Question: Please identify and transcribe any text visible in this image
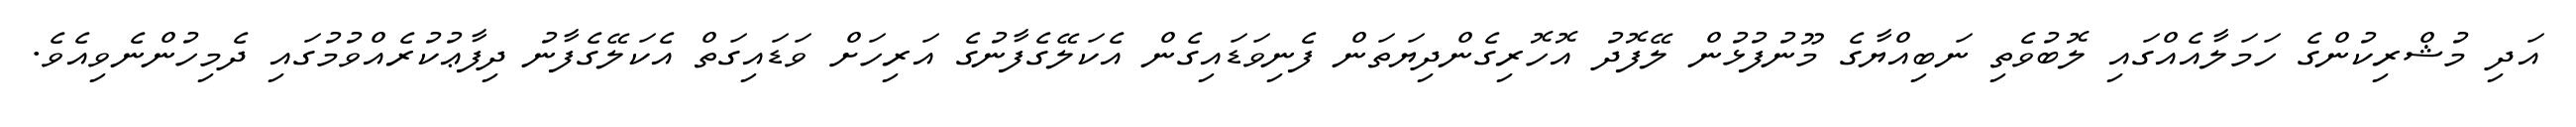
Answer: އަދި މުޝްރިކުންގެ ހަމަލާއެއްގައި ލޮބުވެތި ނަބިއްޔާގެ މޫނުފުޅުން ލޭފޮދު އޮހޮރިގެންދިޔަތަން ފެނިވަޑައިގެން އެކަލޭގެފާނުގެ އަރިހަށް ވަޑައިގަތް އެކަލޭގެފާނު ދިފާޢުކުރެއްވުމުގައި ދެމިހުންނެވިއެވެ.